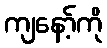
ကျနော့်ကို